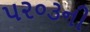
૫૨૦૩ની